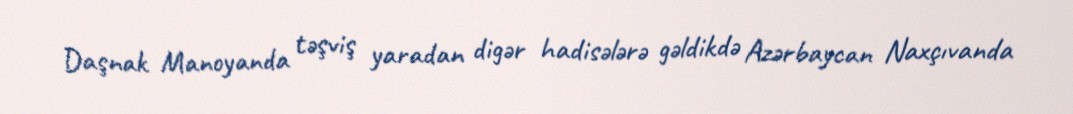
Daşnak Manoyanda təşviş yaradan digər hadisələrə gəldikdə Azərbaycan Naxçıvanda